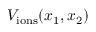
V _ { { \mathrm { i o n s } } } ( x _ { 1 } , x _ { 2 } )